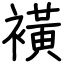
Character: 𧝒